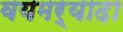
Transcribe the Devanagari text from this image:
वयमर्यादा